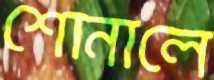
শোনালে